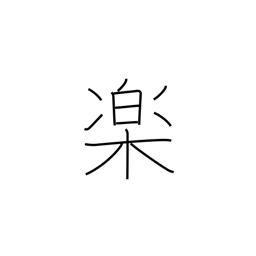
Meaning: comfort